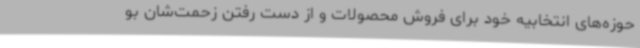
حوزه‌های انتخابیه خود برای فروش محصولات و از دست رفتن زحمت‌شان بو